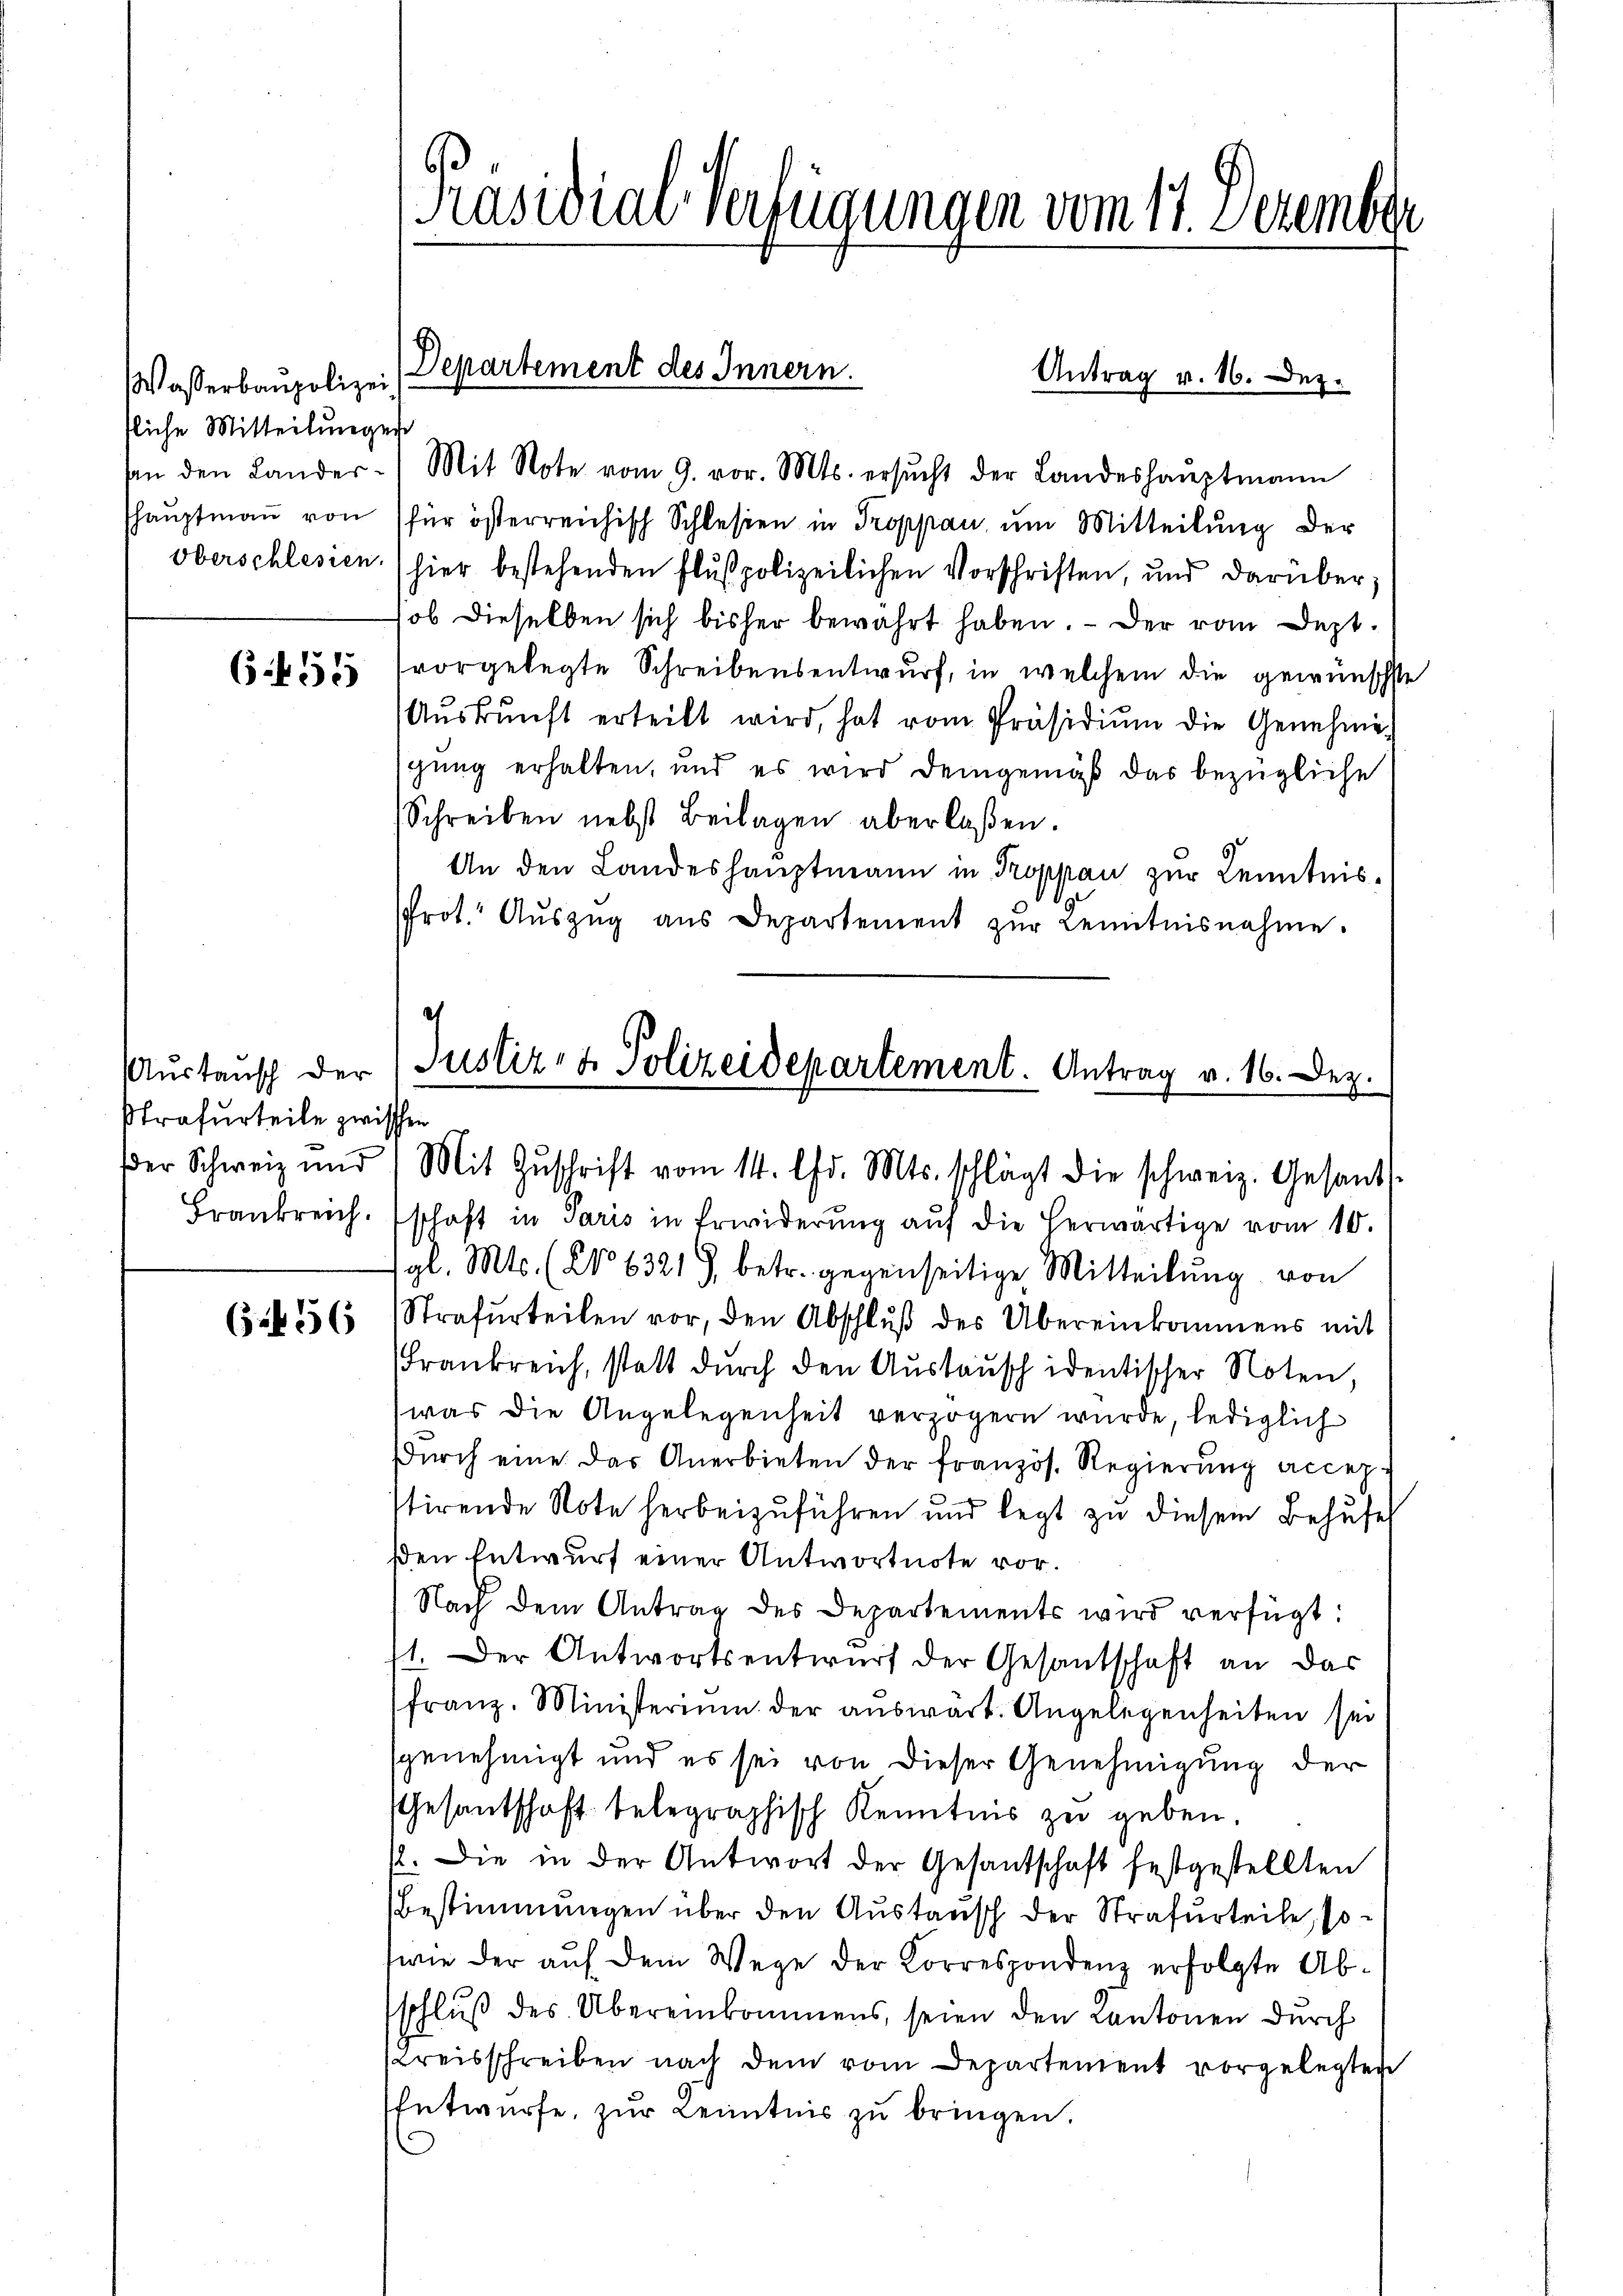
Wasserbaupolizei
tliche Mitteilungen
oberschlesien.

6 f 55

strafurteile zwischen

6456

[Präsidial verfügungen vom 17. Dezember

An den Lander- Mit Note vom 9. vor. Mts. ersŭcht der Landeshaŭptmann
haŭptmaṅ von für österreichisch Schlesien in Troppan ŭm Mitteilŭng der
(hier bestehenden Flŭspolizeilichen Vorschriften, und darüber,
ob dieselben sich bisher bewährt haben. - Der vom Deptvorgelegte Schreibensentwurf, in welchem die gewünschte
Aŭskŭnft erteilt wird, hat vom Präsidiŭm die Genehmi-
gung erhalten, und es wird demgemäß das bezügliche
Schreiben nebst Beilagen überlaßen.
An den Landeshauptmann in Troppau zur Kenntnis¬
Prot. Aŭszŭg aŭs Departement zŭr Lentnisnahme.
et
Aŭstansch der Justiz- & Polizeidepartement. Antrag v. 16. Dez.

Departement des Innern.
Antrag v. 16. Dez.

der Schweiz und 1 Mit Zŭschrift vom 14. Chr. Mts. schlägt die schweiz. Gesand

Frankreich. schaft in Paris in Erwiderŭng aŭf die herwärtige vom 10.
gl. Mts. (No 63219, betr. gegenseitige Mitteilung von
Strafurteilen vor, den Abschlŭβ des Übereinkommens mit
Frankreich, statt durch den Austausch identischer Noten,
was die Angelegenheit verzögern wurde, lediglich
Dŭrch eine das Anerbieten der französ. Regierŭng accep-
stirende Note herbeizuführen und legt zu diesem Behufes
sden Entwurf einer Antwortnote vor.
Nach dem Antrag des Departements wird verfügt:
st. Der Antwortsentwurf der Gesantschaft an das
franz. Ministerium der auswart. Angelegenheiten sei
genehmigt und es sei von dieser Genehmigung der
Gesantschaft belegraphisch Kenntnis zu geben.
/. Die in der Antwort der Gesantschaft festgestellten
Bestimmungen über den Austausch der Strafurteile, sowie der auf dem Wege der Korrespondenz erfolgte Abschluß des Übereinkommens, seien den Kantonen durch
Kreisschreiben nach dem vom Departement vorgelegten
Entwurfe, zur Kenntnis zu bringen.